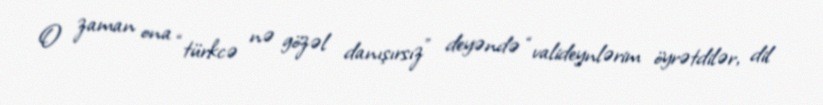
O zaman ona “türkcə nə gözəl danışırsız” deyəndə “valideynlərim öyrətdilər, dil